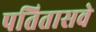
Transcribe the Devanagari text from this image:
पतितासवे